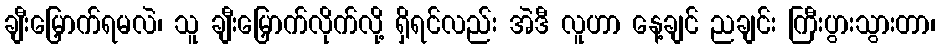
ချီးမြှောက်ရမလဲ၊ သူ ချီးမြှောက်လိုက်လို့ ရှိရင်လည်း အဲဒီ လူဟာ နေ့ချင် ညချင်း ကြီးပွားသွားတာ၊